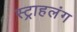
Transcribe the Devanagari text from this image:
स्‍ट्राहलंग